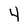
Character: 4